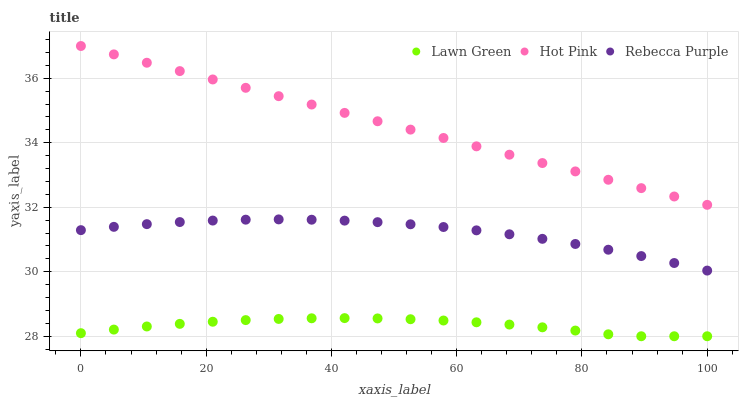
| xaxis_label | Lawn Green | Hot Pink | Rebecca Purple |
 | --- | --- | --- | --- |
 | 0 | 28.1 | 37 | 31.3 |
 | 5.26 | 28.2 | 36.7 | 31.4 |
 | 10.5 | 28.3 | 36.5 | 31.5 |
 | 15.8 | 28.4 | 36.2 | 31.5 |
 | 21.1 | 28.5 | 36 | 31.6 |
 | 26.3 | 28.5 | 35.7 | 31.6 |
 | 31.6 | 28.5 | 35.4 | 31.6 |
 | 36.8 | 28.6 | 35.2 | 31.6 |
 | 42.1 | 28.6 | 34.9 | 31.6 |
 | 47.4 | 28.6 | 34.7 | 31.5 |
 | 52.6 | 28.5 | 34.4 | 31.5 |
 | 57.9 | 28.5 | 34.1 | 31.4 |
 | 63.2 | 28.4 | 33.9 | 31.3 |
 | 68.4 | 28.4 | 33.6 | 31.2 |
 | 73.7 | 28.3 | 33.4 | 31 |
 | 78.9 | 28.2 | 33.1 | 30.9 |
 | 84.2 | 28.1 | 32.9 | 30.7 |
 | 89.5 | 28 | 32.6 | 30.5 |
 | 94.7 | 28 | 32.3 | 30.3 |
 | 100 | 28 | 32.1 | 30 |